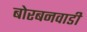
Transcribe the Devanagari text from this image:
बोरबनवाडी